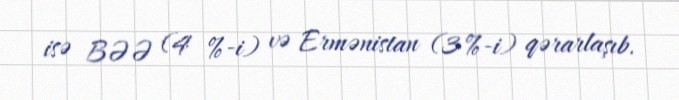
isə BƏƏ (4 %-i) və Ermənistan (3 %-i) qərarlaşıb.